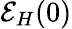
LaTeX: \mathcal{E}_{H}(0)